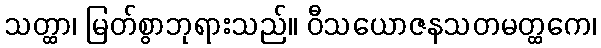
သတ္ထာ၊ မြတ်စွာဘုရားသည်။ ဝီသယောဇနသတမတ္ထကေ၊